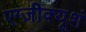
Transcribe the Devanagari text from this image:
एग्ज़ीक्यूशं